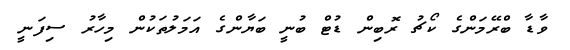
ވާޑާ ބްރޭމަންގެ ކޯޗު ރޮބިން ޑުޓް ބުނީ ބަޔާންގެ އަމަލުތަކުން މިހާރު ސިފަނީ